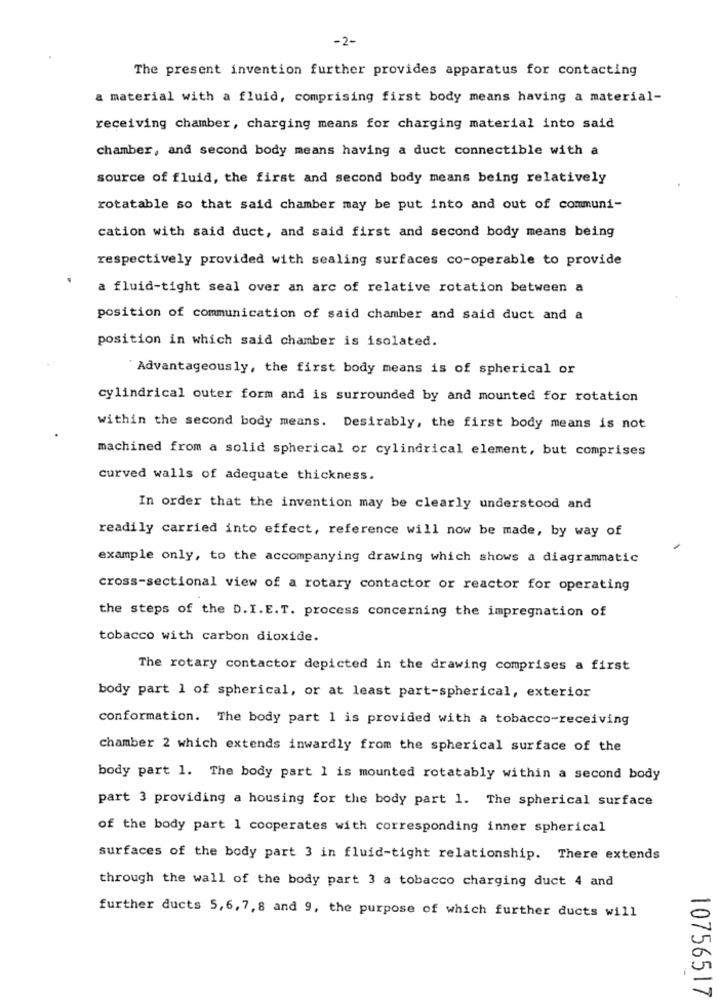
-2-
The present invention further provides apparatus for contacting
a material with a fluid, comprising first body means having a material-
receiving chamber, charging means for charging material into said
chamber, and second body means having a duct connectible with a
source of fluid, the first and second body means being relatively
rotatable so that said chamber may be put into and out of communi-
cation with said duct, and said first and second body means being
respectively provided with sealing surfaces co-operable to provide
a fluid-tight seal over an arc of relative rotation between a
position of communication of said chamber and said duct and a
position in which said chamber is isolated.
`Advantageously, the first body means is of spherical or
cylindrical outer form and is surrounded by and mounted for rotation
within the second body means. Desirably, the first body means is not
machined from a solid spherical or cylindrical element, but comprises
curved walls of adequate thickness.
In order that the invention may be clearly understood and
readily carried into effect, reference will now be made, by way of
example only, to the accompanying drawing which shows a diagrammatic
cross-sectional view of a rotary contactor or reactor for operating
the steps of the D.I. E.T. process concerning the impregnation of
tobacco with carbon dioxide.
The rotary contactor depicted in the drawing comprises a first
body part 1 of spherical, or at least part-spherical, exterior
conformation. The body part 1 is provided with a tobacco-receiving
chamber 2 which extends inwardly from the spherical surface of the
body part 1. The body part 1 is mounted rotatably within a second body
part 3 providing a housing for the body part 1. The spherical surface
of the body part 1 cooperates with corresponding inner spherical
surfaces of the body part 3 in fluid-tight relationship. There extends
through the wall of the body part 3 a tobacco charging duct 4 and
further ducts 5,6, 7, 8 and 9, the purpose of which further ducts will
10756517